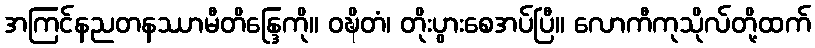
အကြင်နညတနဿာမီတိန္ဒြေကို။ ဝဍ္ဎိတံ၊ တိုးပွားစေအပ်ပြီ။ လောကီကုသိုလ်တို့ထက်